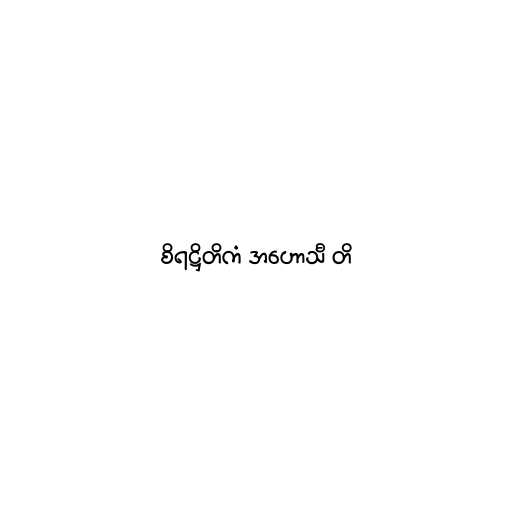
စိရဋ္ဌိတိကံ အဟောသီ တိ